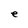
Character: e